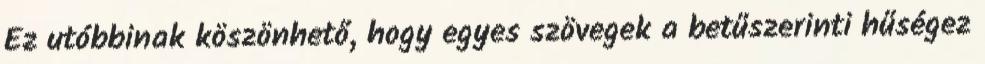
Ez utóbbinak köszönhető, hogy egyes szövegek a betűszerinti hűségez